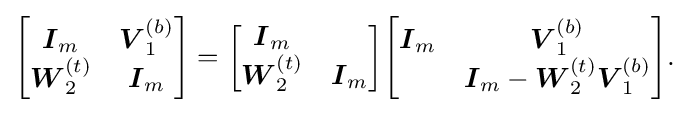
{\begin{bmatrix}{\boldsymbol {I}}_{m}&{\boldsymbol {V}}_{1}^{(b)}\\{\boldsymbol {W}}_{2}^{(t)}&{\boldsymbol {I}}_{m}\end{bmatrix}}={\begin{bmatrix}{\boldsymbol {I}}_{m}\\{\boldsymbol {W}}_{2}^{(t)}&{\boldsymbol {I}}_{m}\end{bmatrix}}{\begin{bmatrix}{\boldsymbol {I}}_{m}&{\boldsymbol {V}}_{1}^{(b)}\\&{\boldsymbol {I}}_{m}-{\boldsymbol {W}}_{2}^{(t)}{\boldsymbol {V}}_{1}^{(b)}\end{bmatrix}}{\text{.}}